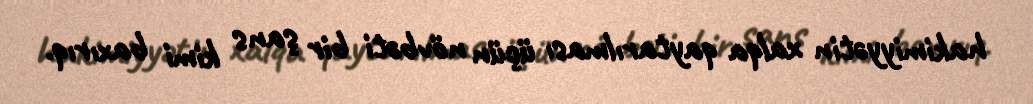
hakimiyyətin xalqa qaytarılması üçün növbəti bir şans kimi baxırıq.